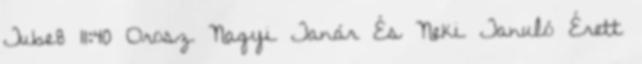
Tube8 11:40 Orosz Nagyi Tanár És Neki Tanuló Érett